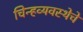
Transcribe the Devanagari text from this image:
चिन्हव्यवस्थेचे